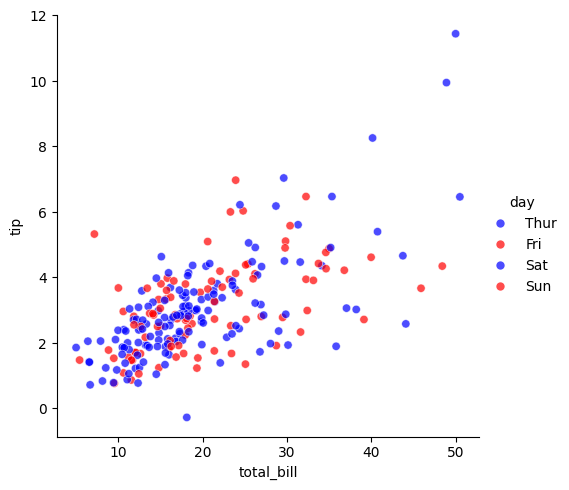
python, seaborn, relplot, alpha=0.7